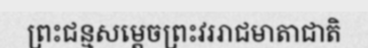
ព្រះជន្មសម្តេចព្រះវររាជមាតាជាតិ